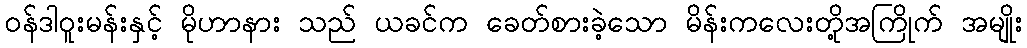
၀န်ဒါဝူးမန်းနှင့် မိုဟာနား သည် ယခင်က ခေတ်စားခဲ့သော မိန်းကလေးတို့အကြိုက် အမျိုး